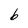
Character: b